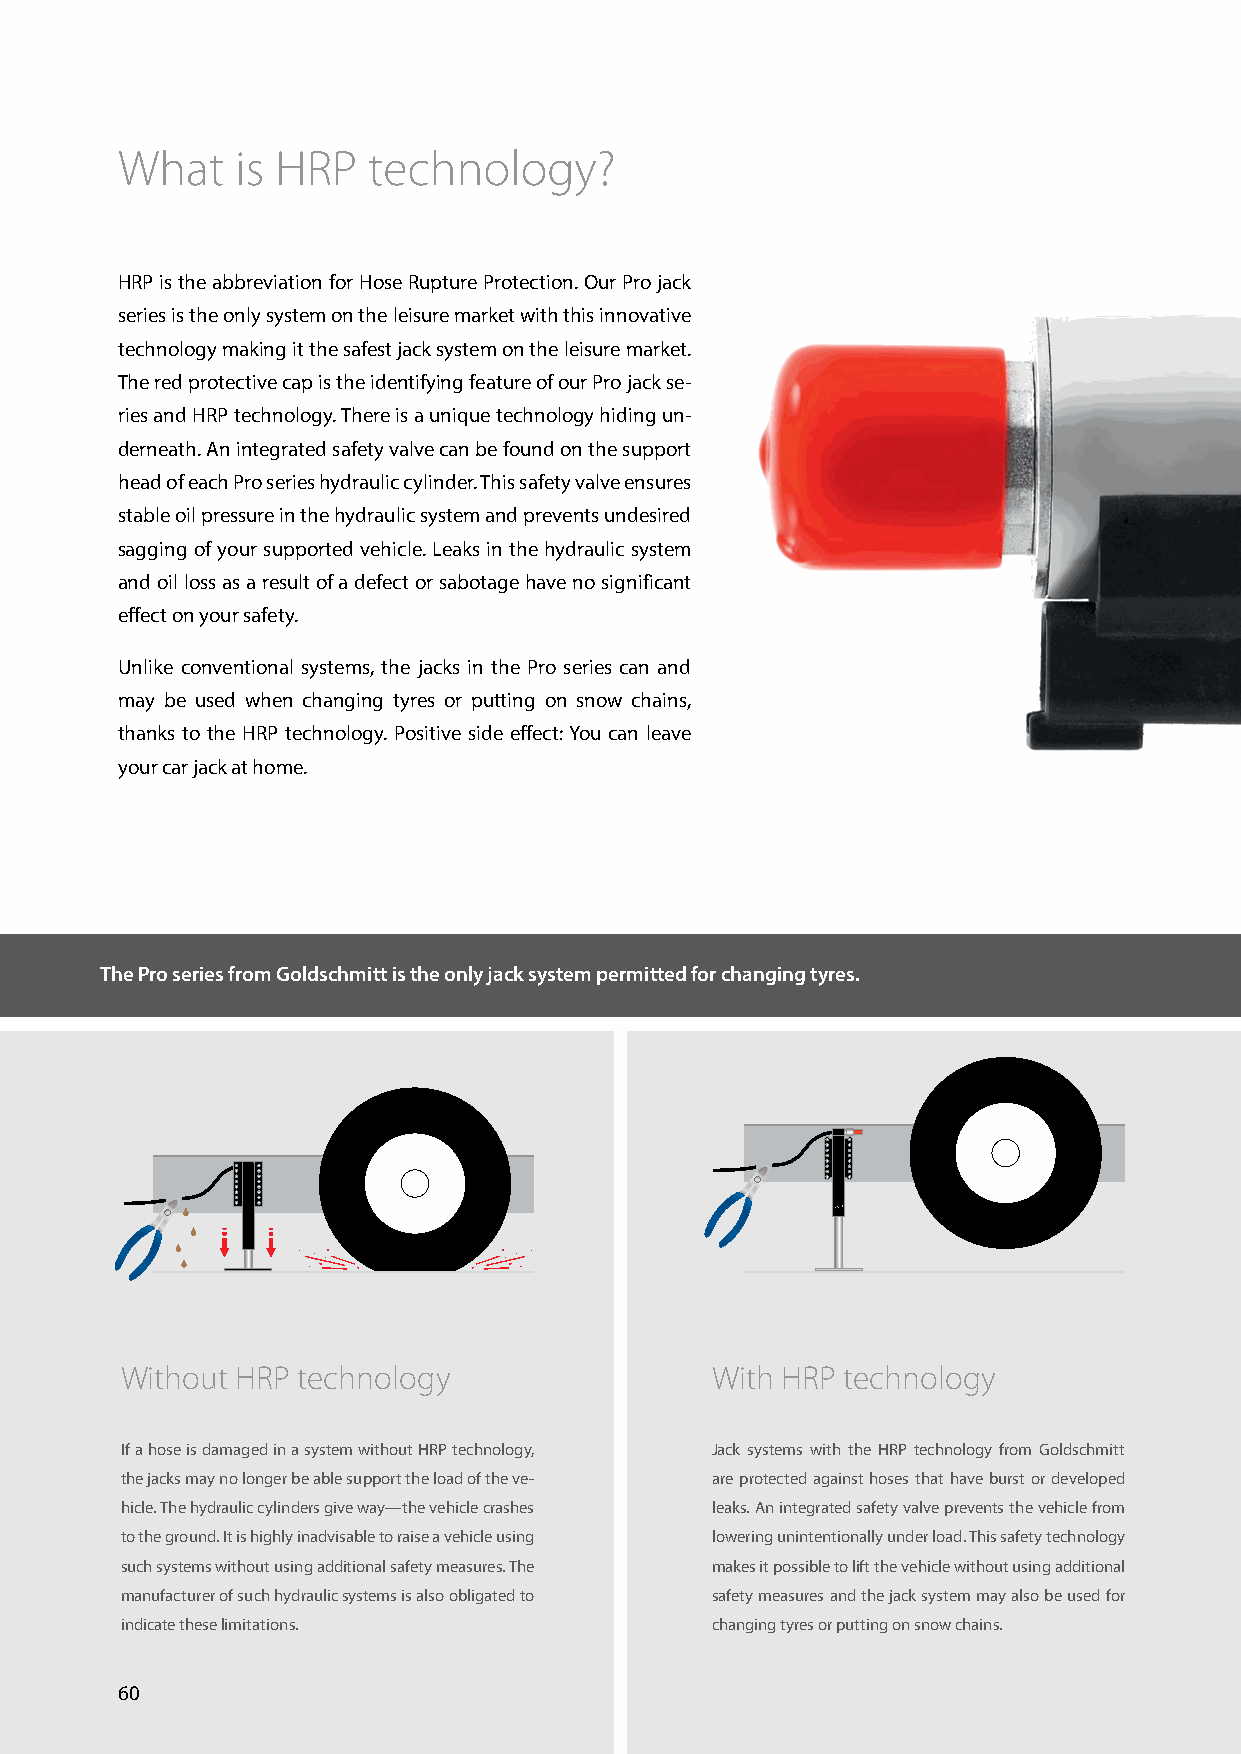
What    is HRP  technology?
 HRP is the abbreviation for Hose Rupture Protection. Our Pro jack
 series is the only system on the leisure market with this innovative
 technology making it the safest jack system on the leisure market.
 The red protective cap is the identifying feature of our Pro jack se-
 ries and HRP technology. There is a unique technology hiding un-
 derneath. An integrated safety valve can be found on the support
 head of each Pro series hydraulic cylinder. This safety valve ensures
 stable oil pressure in the hydraulic system and prevents undesired
 sagging of your supported vehicle. Leaks in the hydraulic system
 and oil loss as a result of a defect or sabotage have no significant
 effect on your safety.
 Unlike conventional systems, the jacks in the Pro series can and
 may be used when changing tyres or putting on snow chains,
 thanks to the HRP technology. Positive side effect: You can leave
 your car jack at home.
 The Pro series from Goldschmitt is the only jack system permitted for changing tyres.
 Without HRP technology                 With HRP technology
 If a hose is damaged in a system without HRP technology, Jack systems with the HRP technology from Goldschmitt
 the jacks may no longer be able support the load of the ve- are protected against hoses that have burst or developed
 hicle. The hydraulic cylinders give way—the vehicle crashes leaks. An integrated safety valve prevents the vehicle from
 to the ground. It is highly inadvisable to raise a vehicle using lowering unintentionally under load. This safety technology
 such systems without using additional safety measures. The makes it possible to lift the vehicle without using additional
 manufacturer of such hydraulic systems is also obligated to safety measures and the jack system may also be used for
 indicate these limitations.            changing tyres or putting on snow chains.
 60